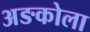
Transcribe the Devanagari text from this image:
अङकोला